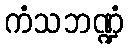
ကံသဘဏ္ဍံ